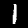
Label: 1